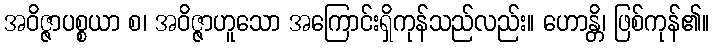
အဝိဇ္ဇာပစ္စယာ စ၊ အဝိဇ္ဇာဟူသော အကြောင်းရှိကုန်သည်လည်း။ ဟောန္တိ၊ ဖြစ်ကုန်၏။